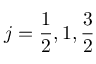
j = \frac 1 2 , 1 , \frac 3 2